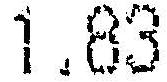
1.83